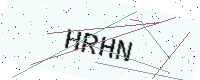
Text: HRHN